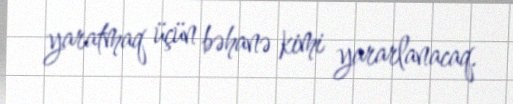
yaratmaq üçün bəhanə kimi yararlanacaq.